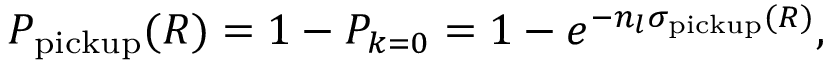
P _ { \mathrm { p i c k u p } } ( R ) = 1 - P _ { k = 0 } = 1 - e ^ { - n _ { l } \sigma _ { \mathrm { p i c k u p } } ( R ) } ,